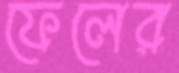
ফেলের